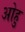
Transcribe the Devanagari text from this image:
ओहु